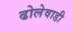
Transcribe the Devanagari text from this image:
ढोलेवाडी